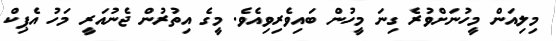
މިލިއަން މީހުނަށްވުރެ ގިނަ މީހުން ބައިވެރިވިއެވެ. މީގެ އިތުރުން ޖެނުއަރީ މަހު އެޕިކް